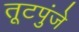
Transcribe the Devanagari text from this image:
तूटपुंजे